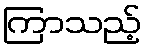
ကြာသည့်